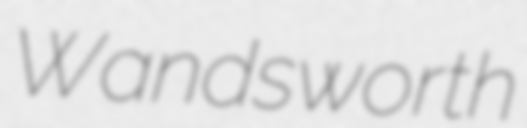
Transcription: Wandsworth